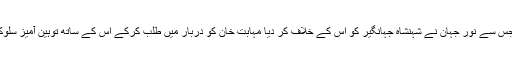
مگر اس کا جھکاؤ شہزادہ خرم کی طرف تھا جس سے نور جہان نے شہنشاہ جہانگیر کو اس کے خلاف کر دیا مہابت خان کو دربار میں طلب کرکے اس کے ساتھ توہین آمیز سلوک کیا گیا اس کی بیٹی کا جہیز ضبط کر لیاگیا۔